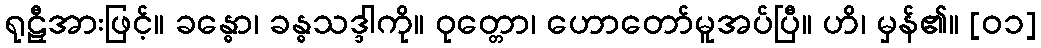
ရုဠှီအားဖြင့်။ ခန္ဓော၊ ခန္ဓသဒ္ဒါကို။ ဝုတ္တော၊ ဟောတော်မူအပ်ပြီ။ ဟိ၊ မှန်၏။ [၀၁]